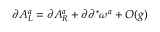
\partial A _ { L } ^ { a } = \partial A _ { R } ^ { a } + \partial \partial ^ { * } \omega ^ { a } + { \cal O } ( g )